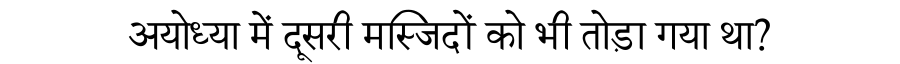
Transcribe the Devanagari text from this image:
अयोध्या में दूसरी मस्जिदों को भी तोड़ा गया था?